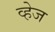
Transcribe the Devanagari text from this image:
व्हेज